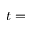
t =